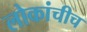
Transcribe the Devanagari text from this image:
लोकांचीच